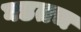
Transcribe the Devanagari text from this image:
घडतच